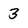
Character: 3